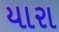
યારા